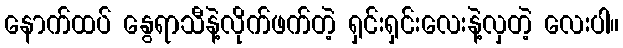
နောက်ထပ် နွေရာသီနဲ့လိုက်ဖက်တဲ့ ရှင်းရှင်းလေးနဲ့လှတဲ့ လေးပါ။